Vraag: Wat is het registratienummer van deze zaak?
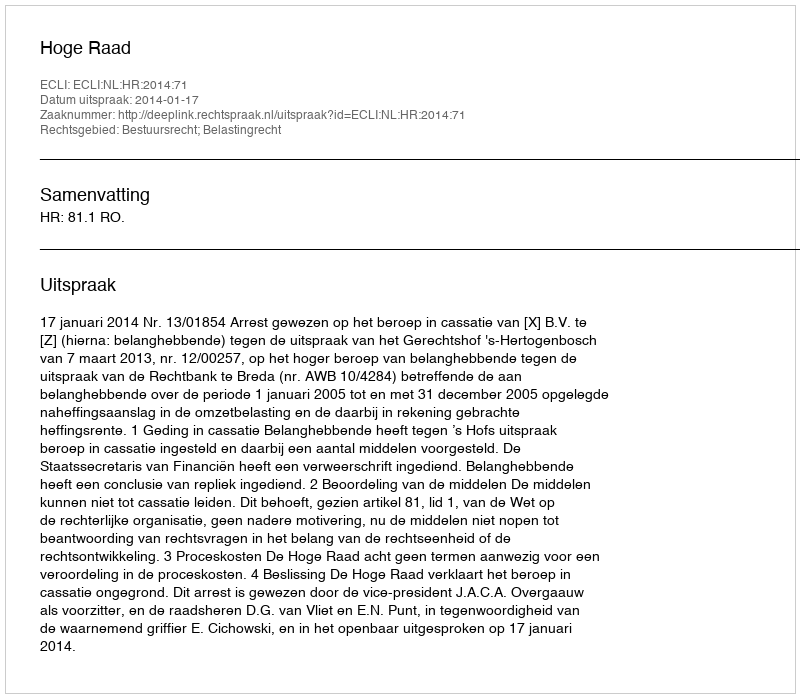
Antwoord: http://deeplink.rechtspraak.nl/uitspraak?id=ECLI:NL:HR:2014:71